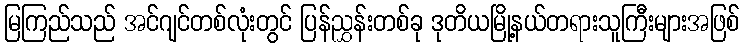
မြကြည်သည် အင်ဂျင်တစ်လုံးတွင် ပြန်ညွှန်းတစ်ခု ဒုတိယမြို့နယ်တရားသူကြီးများအဖြစ်